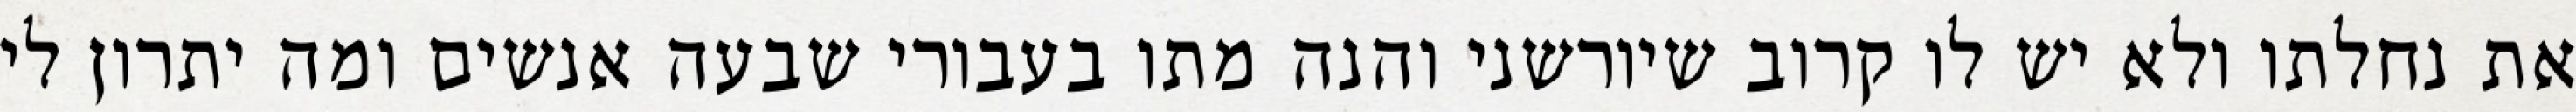
את נחלתו ולא יש לו קרוב שיורשני והנה מתו בעבורי שבעה אנשים ומה יתרון לי